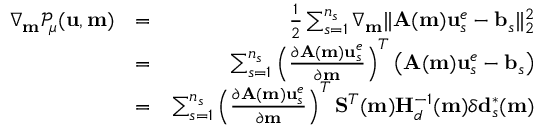
\begin{array} { r l r } { \nabla _ { \mathbf { m } } \mathcal { P } _ { \mu } ( \mathbf { u } , \mathbf { m } ) } & { = } & { \frac { 1 } { 2 } \sum _ { s = 1 } ^ { n _ { s } } \nabla _ { \mathbf { m } } \| \mathbf { A } ( \mathbf { m } ) \mathbf { u } _ { s } ^ { e } - \mathbf { b } _ { s } \| _ { 2 } ^ { 2 } } \\ & { = } & { \sum _ { s = 1 } ^ { n _ { s } } \left( \frac { \partial \mathbf { A } ( \mathbf { m } ) \mathbf { u } _ { s } ^ { e } } { \partial \mathbf { m } } \right) ^ { T } \left( \mathbf { A } ( \mathbf { m } ) \mathbf { u } _ { s } ^ { e } - \mathbf { b } _ { s } \right) } \\ & { = } & { \sum _ { s = 1 } ^ { n _ { s } } \left( \frac { \partial \mathbf { A } ( \mathbf { m } ) \mathbf { u } _ { s } ^ { e } } { \partial \mathbf { m } } \right) ^ { T } \mathbf { S } ^ { T } ( \mathbf { m } ) \mathbf { H } _ { d } ^ { - 1 } ( \mathbf { m } ) \delta \mathbf { d } _ { s } ^ { * } ( \mathbf { m } ) } \end{array}